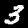
Digit: 3